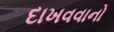
દાખવવાનો